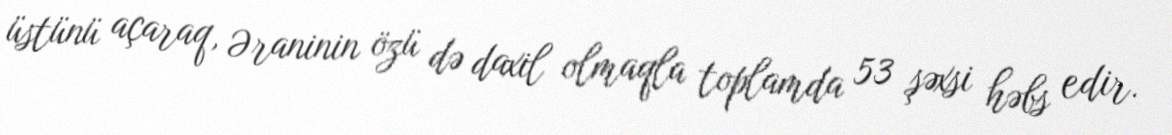
üstünü açaraq, Əraninin özü də daxil olmaqla toplamda 53 şəxsi həbs edir.